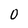
Character: 0